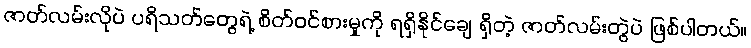
ဇာတ်လမ်းလိုပဲ ပရိသတ်တွေရဲ့ စိတ်ဝင်စားမှုကို ရရှိနိုင်ချေ ရှိတဲ့ ဇာတ်လမ်းတွဲပဲ ဖြစ်ပါတယ်။